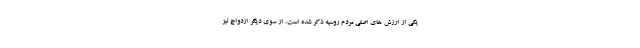
یکی از ارزش های اصلی مردم روسیه ذکر شده است. از سوی دیگر ازدواج نیز